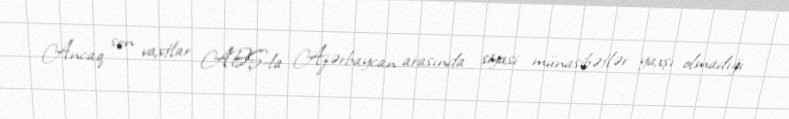
Ancaq son vaxtlar ABŞ-la Azərbaycan arasında siyasi münasibətlər yaxşı olmadığı